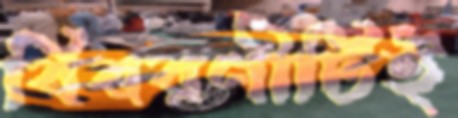
বিবরণীটিই